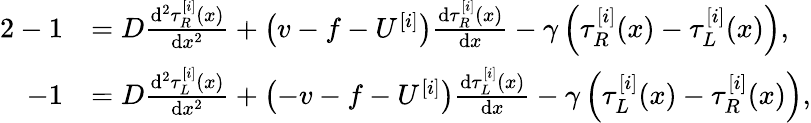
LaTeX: \begin{array}{rl}{{2}-1}&{=D\frac{\mathrm{d}^{2}\tau_{R}^{[i]}(x)}{\mathrm{d}x^{2}}+\left(v-f-U^{[i]}\right)\frac{\mathrm{d}\tau_{R}^{[i]}(x)}{\mathrm{d}x}-\gamma\left(\tau_{R}^{[i]}(x)-\tau_{L}^{[i]}(x)\right),}\\ {-1}&{=D\frac{\mathrm{d}^{2}\tau_{L}^{[i]}(x)}{\mathrm{d}x^{2}}+\left(-v-f-U^{[i]}\right)\frac{\mathrm{d}\tau_{L}^{[i]}(x)}{\mathrm{d}x}-\gamma\left(\tau_{L}^{[i]}(x)-\tau_{R}^{[i]}(x)\right),}\end{array}